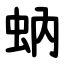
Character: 蚋